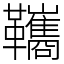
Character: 䪎